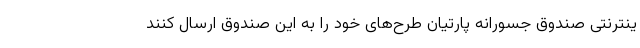
ینترنتی صندوق جسورانه پارتیان طرح‌های خود را به این صندوق ارسال کنند